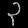
Digit: ၃